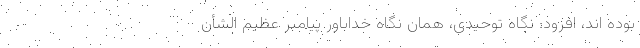
بوده اند، افزود: نگاه توحیدی، همان نگاه خداباور پیامبر عظیم الشأن